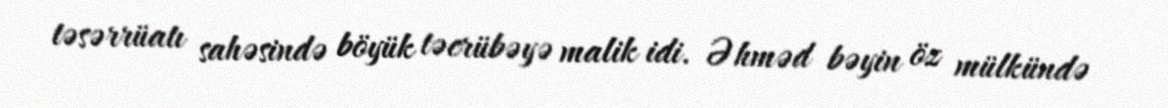
təsərrüatı sahəsində böyük təcrübəyə malik idi. Əhməd bəyin öz mülkündə